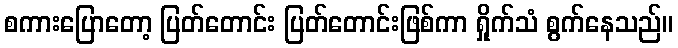
စကားပြောတော့ ပြတ်တောင်း ပြတ်တောင်းဖြစ်ကာ ရှိုက်သံ စွက်နေသည်။